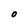
Character: O